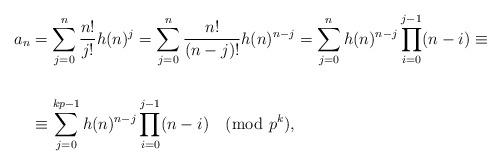
LaTeX: \begin{align*}a_n & = \sum_{j=0}^n \frac{n!}{j!}h(n)^j = \sum_{j=0}^n \frac{n!}{(n-j)!}h(n)^{n-j} = \sum_{j=0}^n h(n)^{n-j}\prod_{i=0}^{j-1} (n-i) \equiv \\\\ & \equiv \sum_{j=0}^{kp-1} h(n)^{n-j}\prod_{i=0}^{j-1} (n-i) \pmod{p^k},\end{align*}